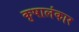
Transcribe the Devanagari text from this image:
कृषालंकार